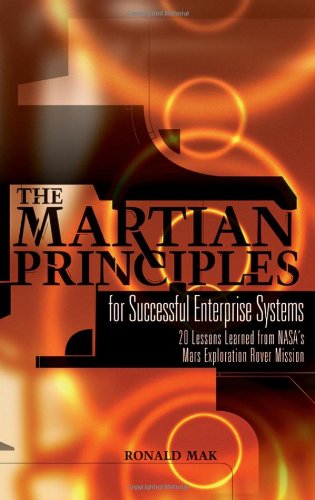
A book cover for The Martian Principles for Successful Enterprise Systems: 20 Lessons Learned from NASAs Mars Exploration Rover Mission; Ronald Mak; Science & Math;